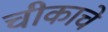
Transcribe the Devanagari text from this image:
चीकाचे